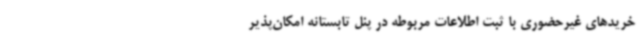
خریدهای غیرحضوری با ثبت اطلاعات مربوطه در پنل تابستانه امکان‌پذیر